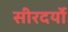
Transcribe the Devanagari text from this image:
सीरदर्यो